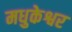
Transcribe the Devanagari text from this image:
मधुकेश्वर